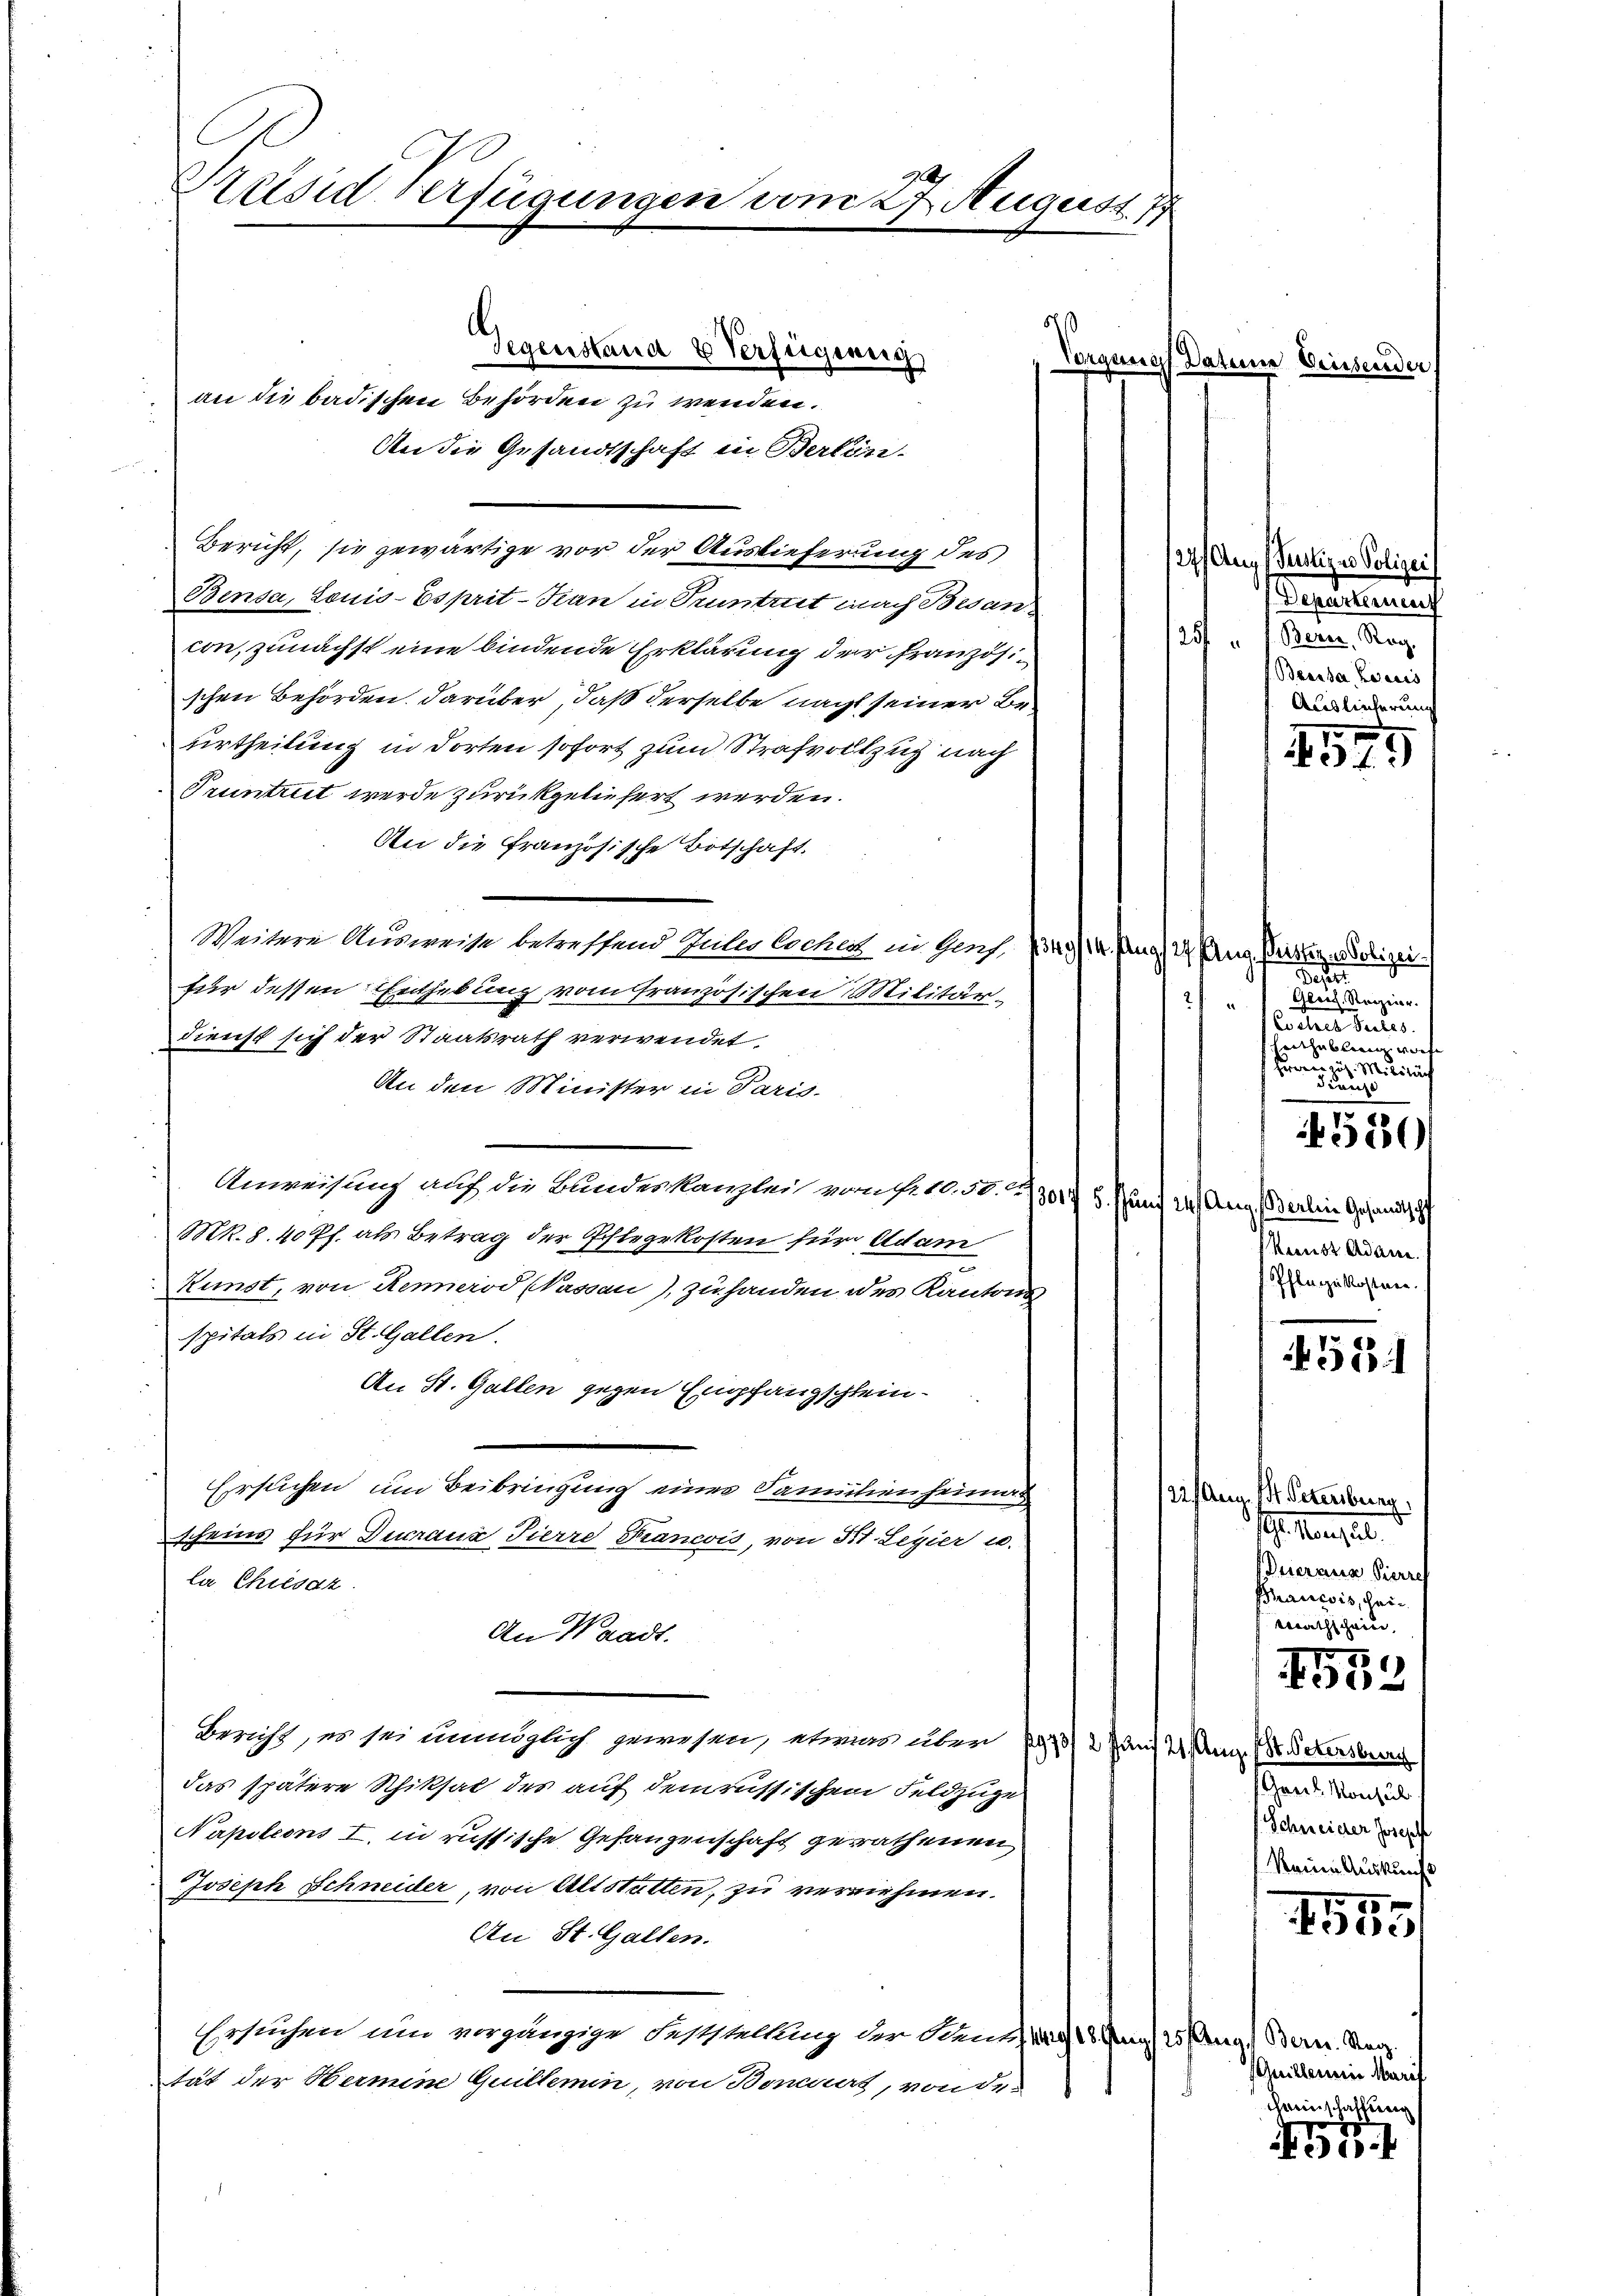
Präsid verfügungen vom 27. August 18

Gegenstand 2 Verfügung
An die Gesandtschaft in Bertön-
Bericht, sie gewärtige vor der Auslieferung des
Bensa, Louis-Esprit-Tran in Truntrut nach Besan-
con, zunächst eine bindende Erklärung der französischen Behörden darüber, daß derselbe nacht seiner Beurtheilung in dorten sofort zum Strafvollzug nach
Pruntrut werde zurückgeliefert werden.
An die französische Botschaft.
Weitere Ausweise betreffend Guiles lochen in Ges. 1349/14. Aug (44 Prug, Preistig - Polizei.
für dessen Enthebung vom französischen Militär-
dienst sich der Staatsrath verwendet.
An den Minister in Paris.
Anwesung auf die Bundeskanzlei vom fr. 10. 50. 13017 5. Fund 14. Aug. (Berlin Gesandtsch
Mk. 8. 40 ff. als Betrag der Pflegekosten für Adam
Kunst, von Renard Nassau) zuhanden des Kantons
spitals in St. Gallen.
An St. Gallen gegen Empfangschlein¬
Ersuchen, um Beibringung eines Familienheima
scheins für Ducraua Tierre Francois, von 31. Leyier u.
la Chiesaz.
An Waadt.
Bericht, es sei unmöglich gewesen, etwas über 191/2 Juni 2 m (8. Petersburg
das spätere Schiksal des auf dem russischen Feldzüge
Napoleons I. in russische Gefangenschaft gerathenen
Joseph Schneider, von Altstatten, zu vernehmen.
An St. Gallen.
Ersuchen um vorgängige Feststellung der Benz, 1928 Gg) 25 (Aug. Bern. Serg.
tät der Hermine Quittemin, von Bonciert, von de-

an die badischen Behörden zu wenden.

5

Vorgenes Datene Grüssend

127. Aug Pudliger Polizei
Departement
25 " 1. Bern. Reg.
Banche Ladis
Auslieferung

31)

e
Gleich. Reizeier.
2
Coeles Teiles.
Heitzublenz worfe
Herren zu. Militäch
dan

Keenst Adame.
Pflugzikosten.

551

22 Anm. 1. Petersburg,
17. Jan. 10.
Dueraus Pierre
Phanesis, Heimathschein,

1550
0

Greel. Konsul
Schneider Joseph
Reine Auskunft

Guillarii Maril
chreinschaltung

.

530

15
e